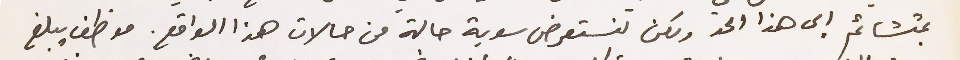
بمتشائم الى هذا الحد ولكن لنستعرض سوية حالة من حالات هذا الواقع. موظف يبلغ